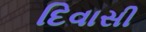
દિવાસી